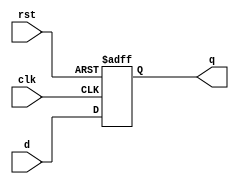
// This program was cloned from: https://github.com/paollacq/Verilog
// License: MIT License

/**************************************************
P1.1 BEHAVIORAL POSITIVE EDGE TRIGGERED D-FLIPFLOP   
ASYNCHRONOUS ACTIVE LOW RESET
************************************************/


module dffb(q,d,clk,rst);

	input d,clk,rst;
	output reg q;

	always@(posedge clk, negedge rst)
		if(!rst)
			q <= 1'b0;
		else
			q <= d;

endmodule